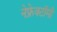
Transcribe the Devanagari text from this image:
नेफ्रेक्टॉमी